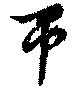
帀